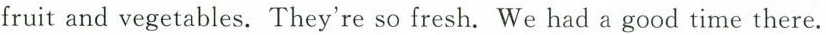
fruit and vegetables. They're so fresh. We had a good time there.